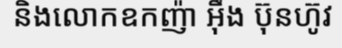
និងលោកឧកញ៉ា អ៊ឹង ប៊ុនហ៊ូវ